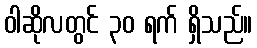
ဝါဆိုလတွင် ၃၀ ရက် ရှိသည်။